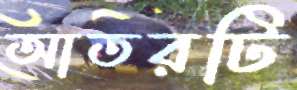
আতরটি